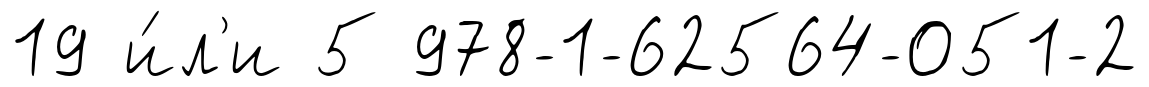
19 и́л'и 5 978-1-62564-051-2